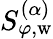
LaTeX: S_{\varphi,\mathrm{w}}^{(\alpha)}